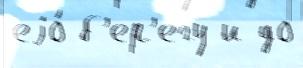
еjо́ б'ер'егу и до